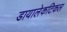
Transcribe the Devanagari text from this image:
डायालेकटिकल